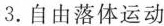
3.自由落体运动